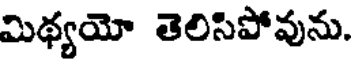
మిథ్యయో తెలిసిపోవును.